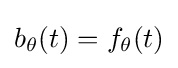
b_{\theta }(t)=f_{\theta }(t)